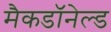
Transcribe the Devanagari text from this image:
मैकडॉनेल्ड